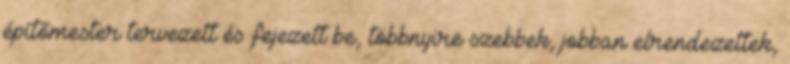
építőmester tervezett és fejezett be, többnyire szebbek, jobban elrendezettek,